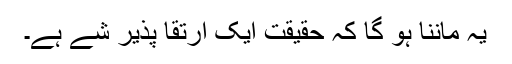
یہ ماننا ہو گا کہ حقیقت ایک ارتقا پذیر شے ہے۔